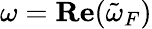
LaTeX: \omega=\mathbf{Re}(\tilde{\omega}_{F})